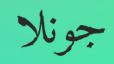
جونلا